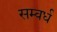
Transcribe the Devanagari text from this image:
सम्वर्ध